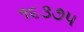
૧૬૩૭૫